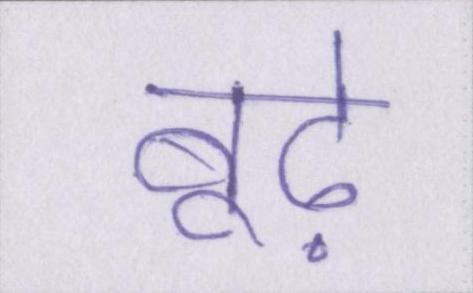
बूढ़े